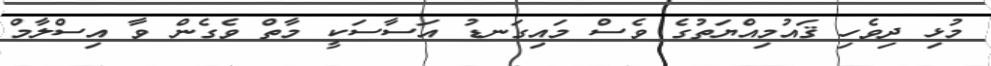
މުޅި ދިވެހި ޤައުމިއްޔަތުގެ ވެސް މައިގަނޑު އަސާސަކީ މާތް ވެގެން ވާ އިސްލާމް